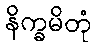
နိက္ခမိတုံ